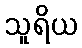
သူရိယ